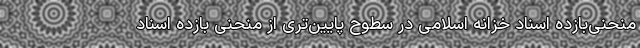
منحنی‌بازده اسناد خزانه اسلامی در سطوح پایین‌تری از منحنی بازده اسناد